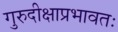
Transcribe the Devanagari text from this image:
गुरुदीक्षाप्रभावतः